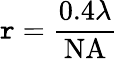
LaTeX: \mathtt{r}={\frac{{0.4\lambda}}{{\mathrm{{NA}}}}}